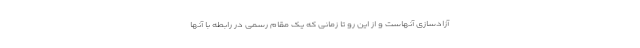
آزادسازی آنهاست و از این رو تا زمانی که یک مقام رسمی در رابطه با آنها